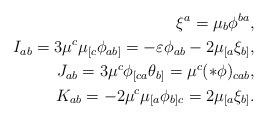
LaTeX: \begin{align*}\xi^a = \mu_b \phi^{ba}, \\I_{ab}= 3 \mu^c \mu_{[c} \phi_{ab]} = -\varepsilon \phi_{ab} - 2 \mu_{[a} \xi_{b]}, \\J_{ab} = 3 \mu^c \phi_{[ca} \theta_{b]} = \mu^c (\ast \phi)_{cab}, \\K_{ab} = -2 \mu^c \mu_{[a} \phi_{b]c} = 2 \mu_{[a} \xi_{b]} . \end{align*}